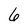
Character: 6